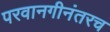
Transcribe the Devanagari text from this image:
परवानगीनंतरच